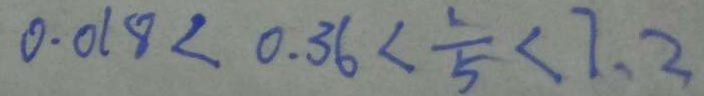
0 . 0 1 8 < 0 . 3 6 < \frac { 1 } { 5 } < 7 . 2